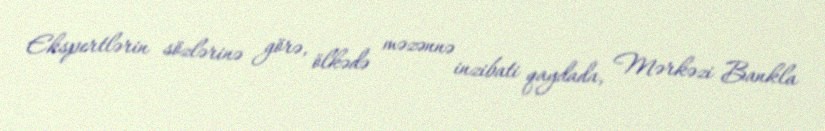
Ekspertlərin sözlərinə görə, ölkədə məzənnə inzibati qaydada, Mərkəzi Bankla